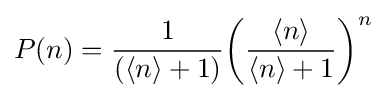
P(n)={\frac {1}{\left(\langle n\rangle +1\right)}}{\left({\frac {\langle n\rangle }{\langle n\rangle +1}}\right)}^{n}